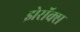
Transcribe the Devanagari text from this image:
झेरॉक्‍स